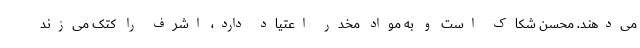
می‌دهند. محسن شکاک است و به مواد مخدر اعتیاد دارد، اشرف را کتک می‌زند